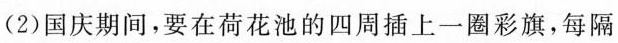
(2)国庆期间，要在荷花池的四周插上一圈彩旗，每隔